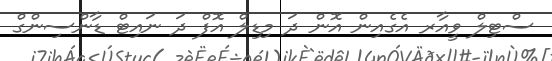
ސްޓިލް ވީއާރ އެގެއިން އޮން ދަ މިޑިލް އޮފް ދަ ނައިޓް ޑާންސިންގް